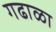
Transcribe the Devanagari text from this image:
गढाळा